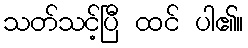
သတ်သင့်ပြီ ထင် ပါ၏။